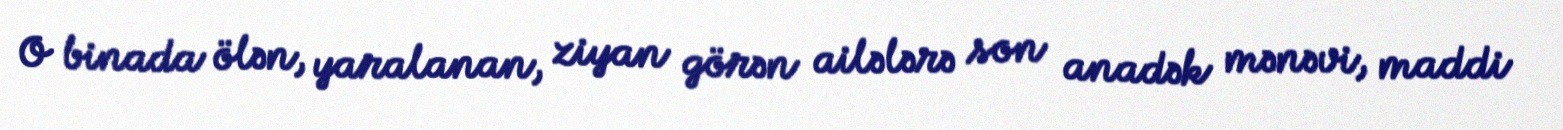
O binada ölən, yaralanan, ziyan görən ailələrə son anadək mənəvi, maddi